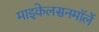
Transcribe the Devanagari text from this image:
माइकेलसनमॉर्ले